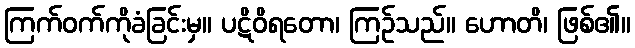
ကြက်ဝက်ကိုခံခြင်းမှ။ ပဋိဝိရတော၊ ကြဉ်သည်။ ဟောတိ၊ ဖြစ်၏။